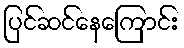
ပြင်ဆင်နေကြောင်း